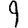
Digit: 9